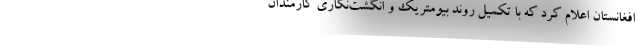
افغانستان اعلام کرد که با تکمیل روند بیومتریک و انگشت‌نگاری کارمندان